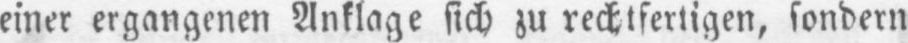
einer ergangenen Anklage sich zu rechtfertigen, sondern